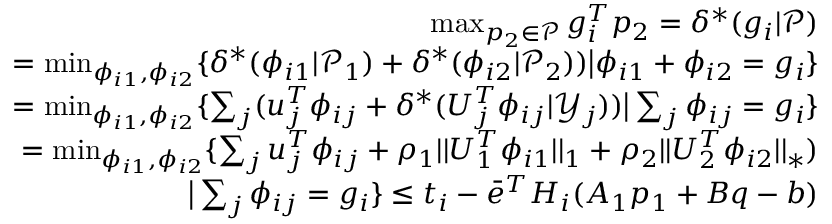
\begin{array} { r } { \operatorname* { m a x } _ { p _ { 2 } \in \mathcal { P } } { g _ { i } ^ { T } p _ { 2 } } = \delta ^ { * } ( g _ { i } | \mathcal { P } ) } \\ { = \operatorname* { m i n } _ { \phi _ { i 1 } , \phi _ { i 2 } } \{ \delta ^ { * } ( \phi _ { i 1 } | \mathcal { P } _ { 1 } ) + \delta ^ { * } ( \phi _ { i 2 } | \mathcal { P } _ { 2 } ) ) \big | \phi _ { i 1 } + \phi _ { i 2 } = g _ { i } \} } \\ { = \operatorname* { m i n } _ { \phi _ { i 1 } , \phi _ { i 2 } } \{ \sum _ { j } ( u _ { j } ^ { T } \phi _ { i j } + \delta ^ { * } ( U _ { j } ^ { T } \phi _ { i j } | \mathcal { Y } _ { j } ) ) \big | \sum _ { j } \phi _ { i j } = g _ { i } \} } \\ { = \operatorname* { m i n } _ { \phi _ { i 1 } , \phi _ { i 2 } } \{ \sum _ { j } u _ { j } ^ { T } \phi _ { i j } + \rho _ { 1 } | | U _ { 1 } ^ { T } \phi _ { i 1 } | | _ { 1 } + \rho _ { 2 } | | U _ { 2 } ^ { T } \phi _ { i 2 } | | _ { * } ) } \\ { \big | \sum _ { j } \phi _ { i j } = g _ { i } \} \le t _ { i } - \bar { e } ^ { T } H _ { i } ( A _ { 1 } p _ { 1 } + B q - b ) } \end{array}